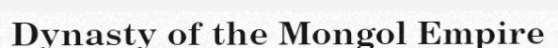
Dynasty of the Mongol Empire